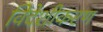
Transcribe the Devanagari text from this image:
विदेशीकरण